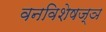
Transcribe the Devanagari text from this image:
वनविशेषज्ञ